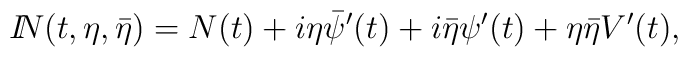
{I\!\!N}(t, \eta, \bar\eta) = N(t) + i\eta\bar\psi^\prime(t) + i\bar\eta \psi^\prime(t) + \eta \bar\eta V^\prime(t),